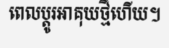
ពេលប្តូរអាគុយថ្មីហើយ។